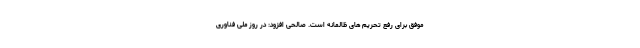
موفق برای رفع تحریم های ظالمانه است. صالحی افزود: در روز ملی فناوری